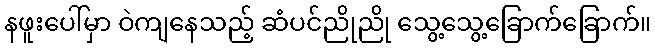
နဖူးပေါ်မှာ ဝဲကျနေသည့် ဆံပင်ညိုညို သွေ့သွေ့ခြောက်ခြောက်။